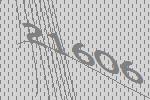
21606